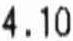
4.10